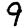
Digit: 9